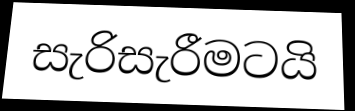
සැරිසැරීමටයි